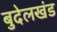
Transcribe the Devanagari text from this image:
बुदेलखंड